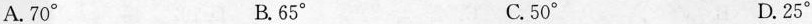
A.70^{\circ} B.65^{\circ} C.50^{\circ} D.25^{\circ}